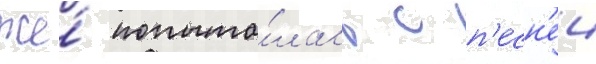
же́ попыта́лась с п'есн'еи